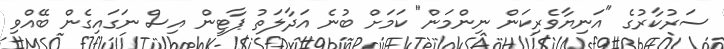
ސަރުކާރުގެ "އަނިޔާވެރިކަން ނިންމަން" ކަމަށް ބުނެ އަދާލަތު ޕާޓީން އިސް ނަގައިގެން ބޭއްވި